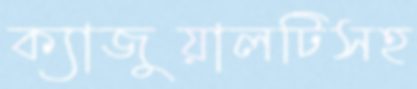
ক্যাজুয়ালটিসহ